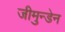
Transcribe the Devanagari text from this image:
जीमुन्डेन